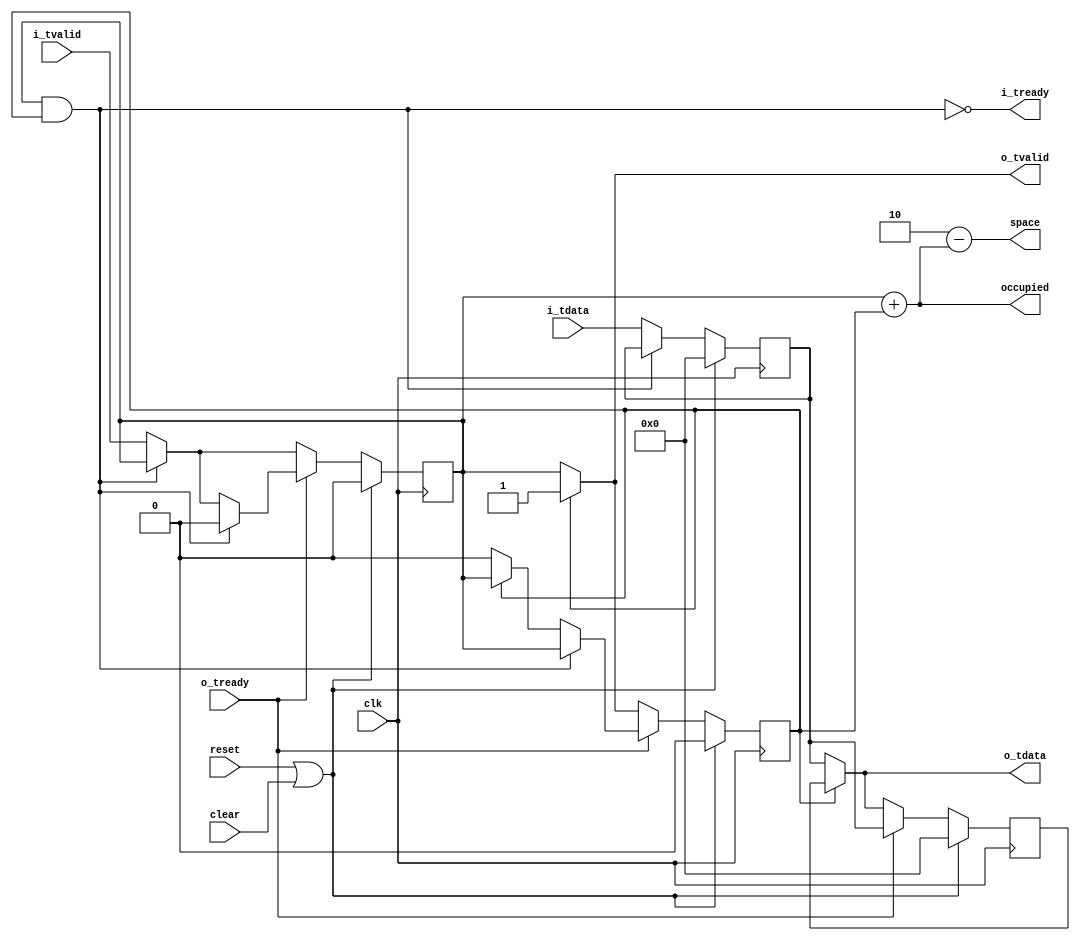
//
// Copyright 2015 Ettus Research LLC
//
// Single cycle latency, depth of 2 "Flip flop" with no end to end combinatorial paths on
// AXI control signals (such as i_tready depends on o_tready). Breaking the combinatorial
// paths requires an additional register stage.
//
// Note: Once i_tvalid is asserted, it cannot be deasserted without i_tready having asserted
//       indicating i_tdata has been read. This is an AXI stream requirement.

module axi_fifo_flop #(
  parameter WIDTH = 32)
(
  input clk,
  input reset,
  input clear,
  input [WIDTH-1:0] i_tdata,
  input i_tvalid,
  output i_tready,
  output [WIDTH-1:0] o_tdata,
  output o_tvalid,
  input o_tready,
  output [1:0] space,
  output [1:0] occupied);

  reg [WIDTH-1:0] i_tdata_pipe, i_tdata_reg;
  reg             i_tvalid_pipe, i_tvalid_reg;

  // Steady state data flow is typically: i_tdata -> i_tdata_reg -> o_tdata
  // but can change to: i_tdata -> i_tdata_reg -> i_tdata_pipe -> o_tdata
  // depending on i_tvalid / o_tready combinations
  always @(posedge clk) begin
    if (reset | clear) begin
      i_tvalid_reg  <= 1'b0;
      i_tvalid_pipe <= 1'b0;
      i_tdata_reg   <= {WIDTH{1'b0}};
      i_tdata_pipe  <= {WIDTH{1'b0}};
    end else begin
      // Always accept new data if there is space in the pipeline
      if (i_tready) begin
        i_tdata_reg  <= i_tdata;
        i_tvalid_reg <= i_tvalid;
      end
      if (o_tready) begin
        if (i_tready) begin
          // Only useful when data flow is i_tdata -> i_tdata_reg -> i_tdata_pipe -> o_tdata
          i_tdata_pipe <= i_tdata_reg;
          if (i_tvalid_pipe) begin
            // Switch from: i_tdata -> i_tdata_reg -> i_tdata_pipe -> o_tdata
            // to:          i_tdata -> i_tdata_reg -> o_tdata
            // will occur if i_tvalid_reg = 0
            i_tvalid_pipe <= i_tvalid_reg;
          end
        // Input is throttled
        end else begin
          i_tdata_pipe  <= i_tdata_reg;
          i_tvalid_pipe <= i_tvalid_reg;
          i_tvalid_reg  <= 1'b0; // Since i_tready = 0, we know we will not get new data this cycle
        end
      // Output is throttled
      end else begin
        // Space available in i_tdata_pipe to store i_tdata_reg.
        // This is the case where data flow will change
        // from: i_tdata -> i_tdata_reg -> o_tdata
        // to:   i_tdata -> i_tdata_reg -> i_tdata_pipe -> o_tdata
        // if i_tvalid_reg = 1
        if (~i_tvalid_pipe) begin
          i_tvalid_pipe <= i_tvalid_reg;
          i_tdata_pipe  <= i_tdata_reg;
        end
      end
    end
  end

  assign i_tready = ~(i_tvalid_reg & i_tvalid_pipe);

  assign o_tvalid = i_tvalid_pipe ? 1'b1         : i_tvalid_reg;
  assign o_tdata  = i_tvalid_pipe ? i_tdata_pipe : i_tdata_reg;

  assign occupied = i_tvalid_reg + i_tvalid_pipe;
  assign space = 2'd2 - occupied;

endmodule